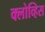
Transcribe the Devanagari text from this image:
क्लोव्हिस